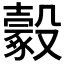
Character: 𣫔